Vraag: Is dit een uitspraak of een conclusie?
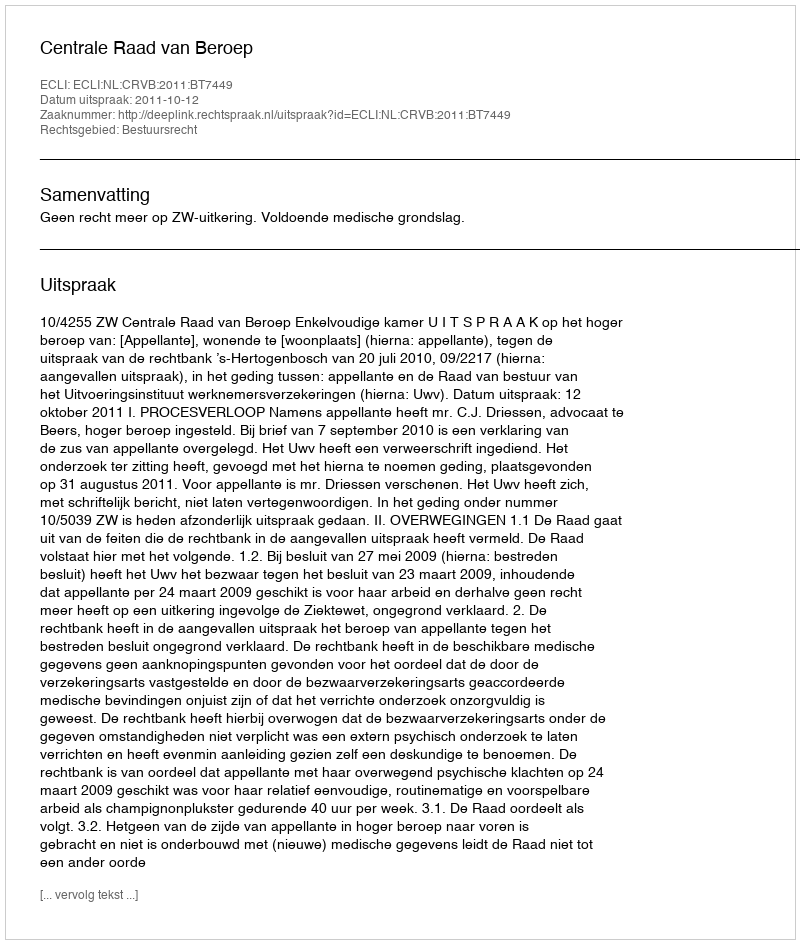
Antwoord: Uitspraak